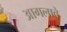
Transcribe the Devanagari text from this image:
आगलावे